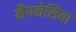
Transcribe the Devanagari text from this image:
मैगनेसिया